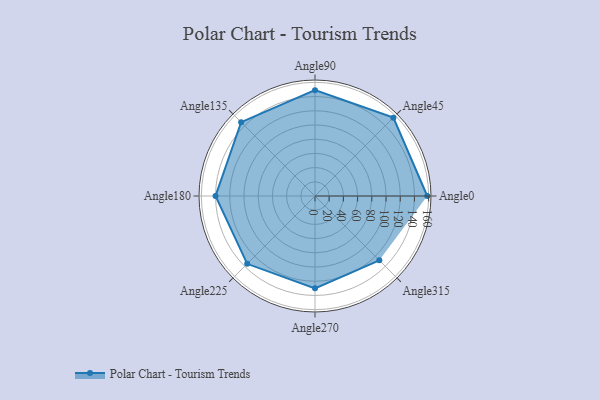
{"axis": {"x": "Angle", "y": "Radius"}, "legend": [""], "data": [{"x": "Angle0", "y": 158.0, "type": ""}, {"x": "Angle45", "y": 156.0, "type": ""}, {"x": "Angle90", "y": 149.0, "type": ""}, {"x": "Angle135", "y": 147.0, "type": ""}, {"x": "Angle180", "y": 140.0, "type": ""}, {"x": "Angle225", "y": 135.0, "type": ""}, {"x": "Angle270", "y": 130.0, "type": ""}, {"x": "Angle315", "y": 128.0, "type": ""}]}